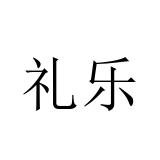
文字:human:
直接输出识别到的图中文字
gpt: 礼乐